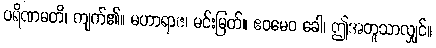
ပရိဏမတိ၊ ကျက်၏။ မဟာရာဇ၊ မင်းမြတ်။ ဧဝမေဝ ခေါ၊ ဤအတူသာလျှင်။